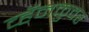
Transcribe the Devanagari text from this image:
व्हॅनकुवर